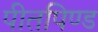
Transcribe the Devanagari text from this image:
पीतपिण्ड